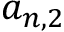
a _ { n , 2 }